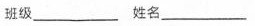
班级___ 姓名___